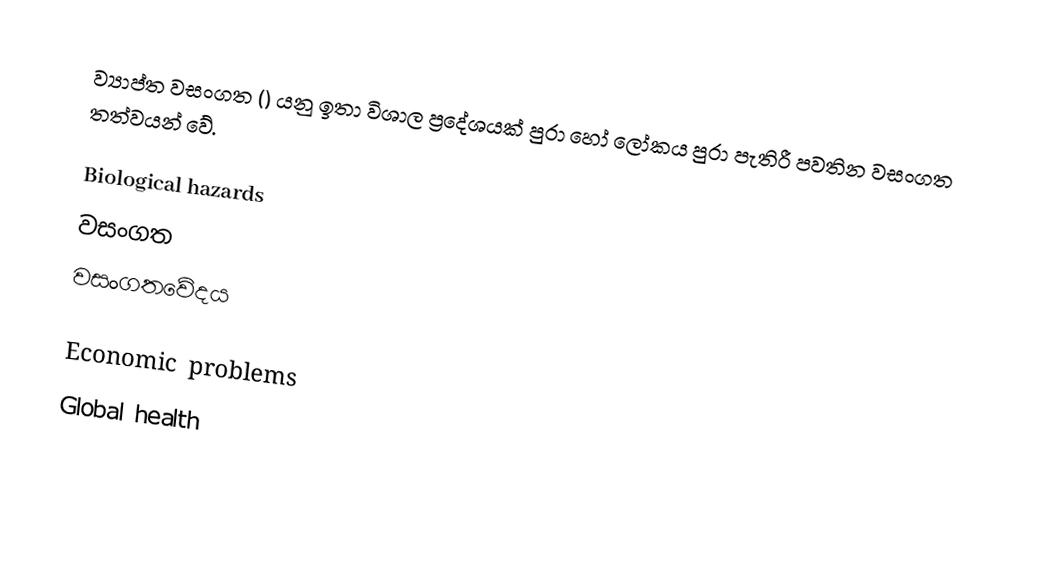
ව්‍යාප්ත වසංගත () යනු ඉතා විශාල ප්‍රදේශයක් පුරා හෝ ලෝකය පුරා පැතිරී පවතින වසංගත තත්වයන් වේ.

Biological hazards
වසංගත
වසංගතවේදය

Economic problems
Global health